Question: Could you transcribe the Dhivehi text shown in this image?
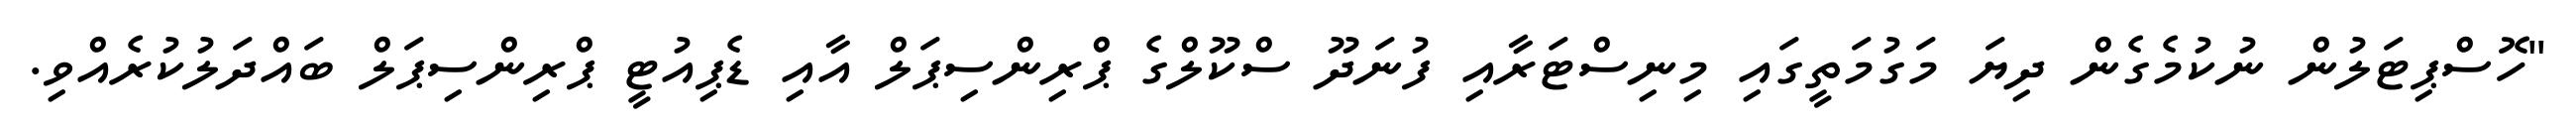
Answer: "ހޮސްޕިޓަލުން ނުކުމެގެން ދިޔަ މަގުމަތީގައި މިނިސްޓަރާއި ފުނަދޫ ސްކޫލްގެ ޕްރިންސިޕަލް އާއި ޑެޕިއުޓީ ޕްރިންސިޕަލް ބައްދަލުކުރެއްވި.